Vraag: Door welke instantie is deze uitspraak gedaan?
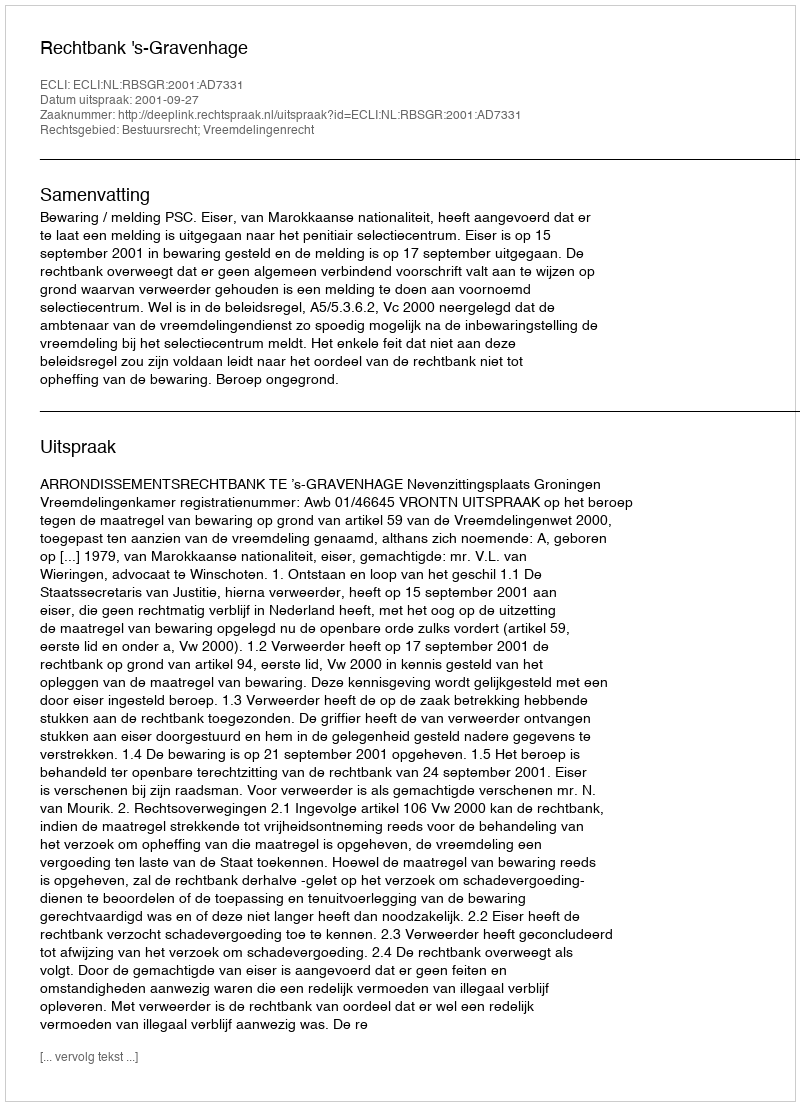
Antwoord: Rechtbank 's-Gravenhage